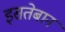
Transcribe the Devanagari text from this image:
इसतेबान